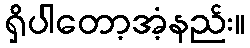
ရှိပါတော့အံ့နည်း။